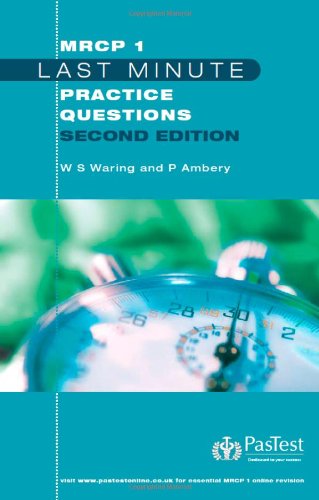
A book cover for MRCP 1 Last Minute Practice Questions; W.Stephen Waring; Parenting & Relationships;